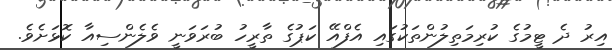
އިރު ދެ ޓީމުގެ ކުރިމަތިލުންތަކުގައި އެފްއޭ ކަޕުގެ ތާރީހު ބުރަވަނީ ވެލެންސިއާ ކޮޅަށެވެ.